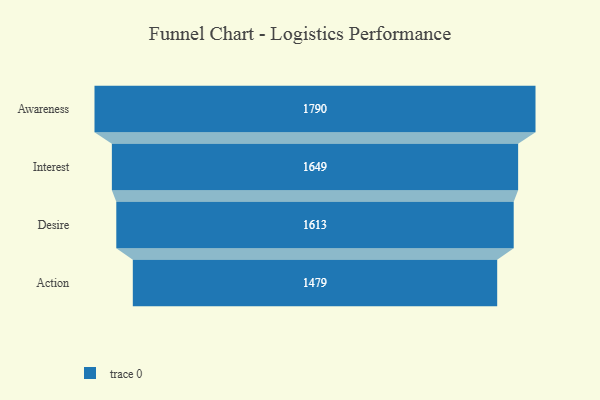
{"axis": {"x": "Stage", "y": "Value"}, "legend": [""], "data": [{"x": "Awareness", "y": 1790.0, "type": ""}, {"x": "Interest", "y": 1649.0, "type": ""}, {"x": "Desire", "y": 1613.0, "type": ""}, {"x": "Action", "y": 1479.0, "type": ""}]}